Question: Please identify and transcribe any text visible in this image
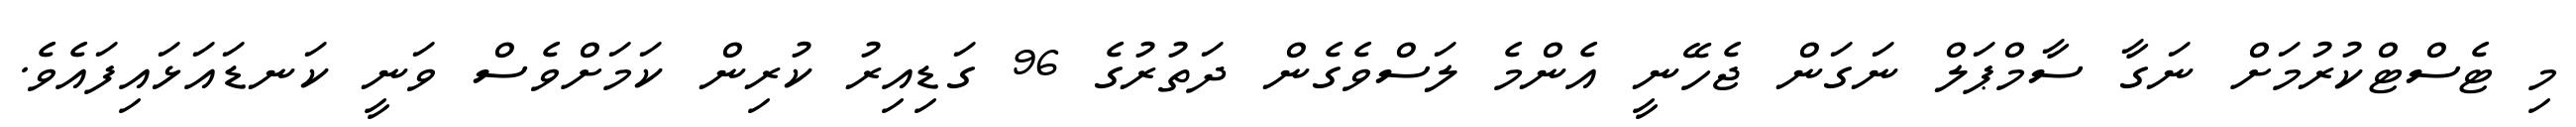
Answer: މި ޓެސްޓްކުރުމަށް ނަގާ ސާމްޕަލް ނަގަން ޖެހޭނީ އެންމެ ލަސްވެގެން ދަތުރުގެ 96 ގަޑިއިރު ކުރިން ކަމަށްވެސް ވަނީ ކަނޑައަޅައިފައެވެ.